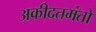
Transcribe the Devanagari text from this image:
अकीदतमंतो